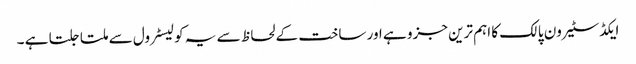
ایکڈسٹیرون پالک کا اہم ترین جزو ہے اور ساخت کے لحاظ سے یہ کولیسٹرول سے ملتا جلتا ہے ۔